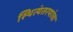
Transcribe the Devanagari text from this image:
स्थित्यंतरयांचा